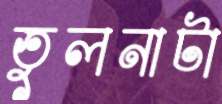
তুলনাটা